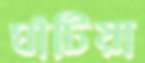
ঘাঁটিয়া